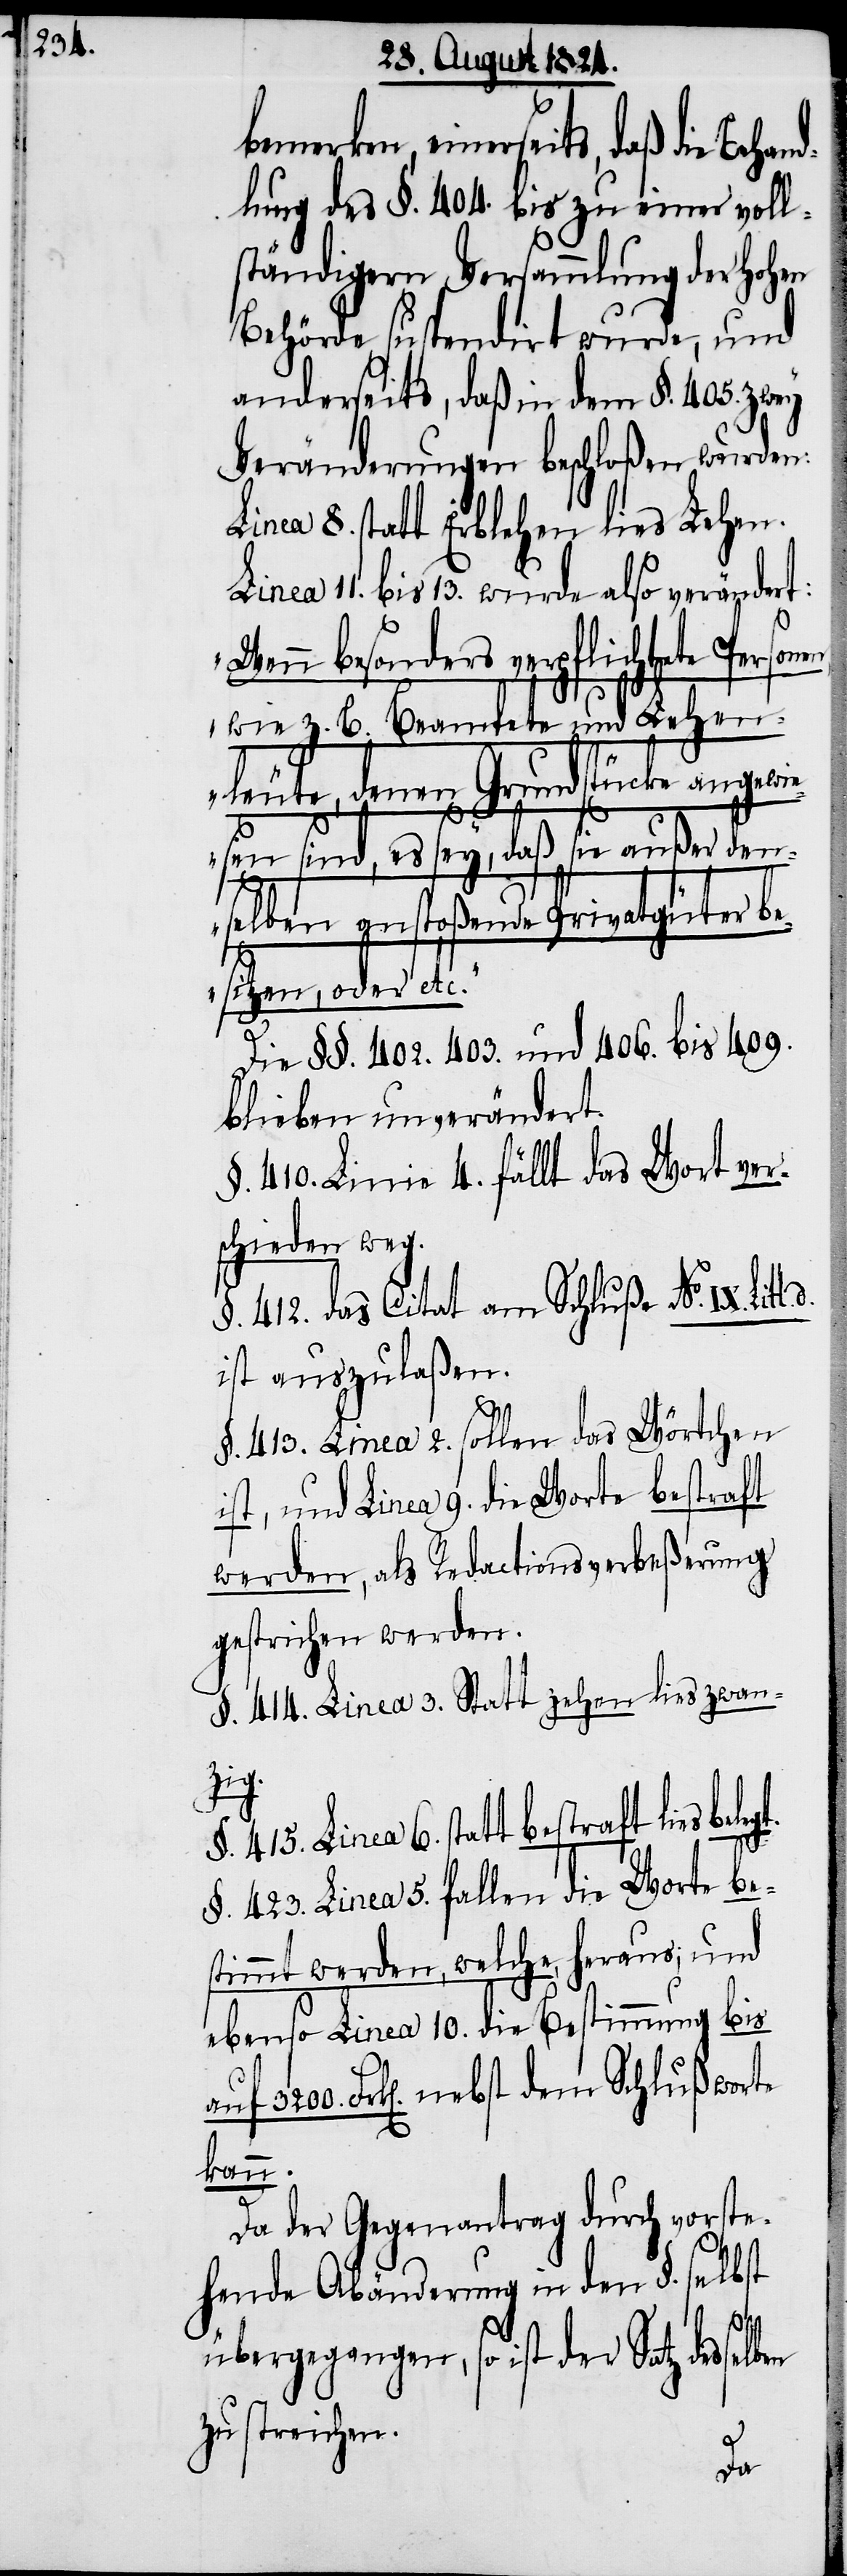
bemerken, einerseits, daß die Erha¬
ltung des §. 404. bis zu einer voll¬
ständigen Versammlung der Hohen
Behörde suspendirt wurde, und
anderseits, daß in dem §. 405. zwey
Veränderungen beschloßen wurden:
Linea 8. statt Erblehen lies Lehen.
Linea 11. bis 13. wurde also verändert:
„Wenn besonders verpflichtete Person¬
wie z. B. Beamtete und Lehen¬
leute, denen Grundstücke angewi¬
esen sind, es sey, daß sie außer den¬
selben anstoßende Privatgüter be¬
sitzen, oder
Die §§. 402. 403. und 406. bis 409.
blieben unverändert.
§. 410. Linie 4. fällt das Wort ver¬
schieden weg.
§. 412. das Citat am Schluße No. IX.
ist auszulaßen.
§. 413. Linea 2. sollen das Wörtchen
ist, und Linea 9. die Worte bestraft
werden, als Redactionsverbeßerung
gestrichen werden.
§. 414. Linea 3. Statt zehen lies zwan¬
zig.
415. Linea 6. statt bestraft lies beleg¬
§. 423. Linea 5. fallen die Worte bes¬
timmt werden, welche, heraus; und
ebenso Linea 10. die Bestimmung bis
Frk[en]. nebst dem Schlußworte
kann.
Da der Gegenantrag durch vorste¬
hende Abänderung in den §. selbst
t.
übergegangen, so ist der Satz desselben
zu streichen.